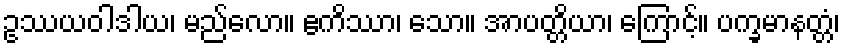
ဥဿယဝါဒါယ၊ မည်လော။ ဧကိဿာ၊ သော။ အာပတ္တိယာ၊ ကြောင့်။ ပက္ခမာနတ္တံ၊